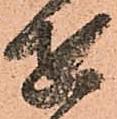
せ